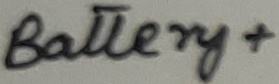
Text: Battery+